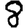
Digit: 8